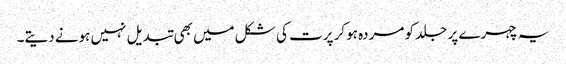
یہ چہرے پر جلد کو مردہ ہوکر پرت کی شکل میں بھی تبدیل نہیں ہونے دیتے۔